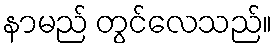
နာမည် တွင်လေသည်။